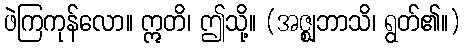
ဖဲကြကုန်လော။ ဣတိ၊ ဤသို့။ (အဇ္ဈဘာသိ၊ ရွတ်၏။)